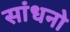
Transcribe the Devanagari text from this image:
सांधनो